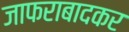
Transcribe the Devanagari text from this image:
जाफराबादकर